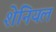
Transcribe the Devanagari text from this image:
शेनियल